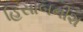
હિસાબનીશ